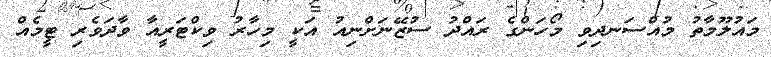
މައުލޫމާތު މުއްސަނދިވި މޯހަންގެ ރައްދު ސުޒޭނަށްނިއު އަކީ މިހާރު ވިކްޓަރީއާ ވާދަވެރި ޓީމެއް